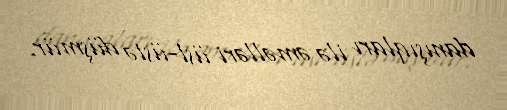
danışıqları ilə əməlləri üst-üstə düşmür.